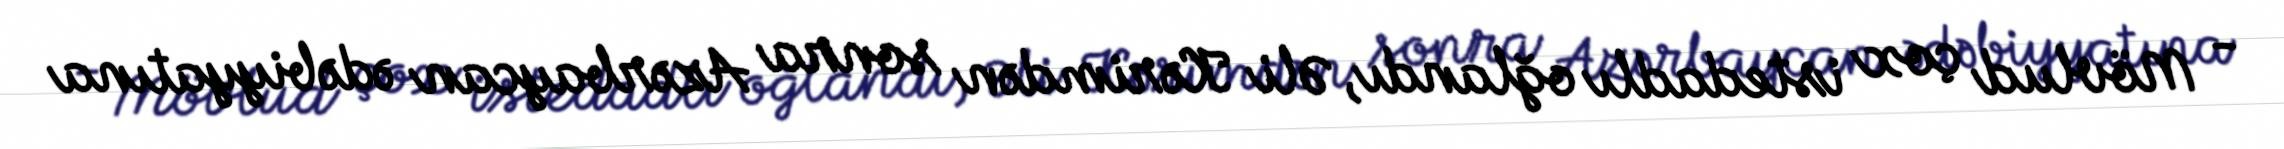
- Mövlud çox istedadlı oğlandı, Əli Kərimdən sonra Azərbaycan ədəbiyyatına